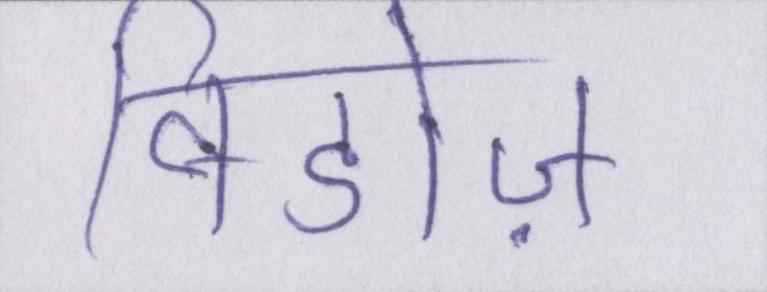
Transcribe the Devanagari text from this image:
विडोज़